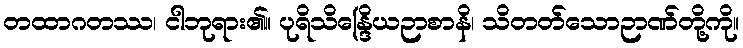
တထာဂတဿ၊ ငါဘုရား၏။ ပုရိသိန္ဒြေိယဉာစာနိ၊ သိတတ်သောဉာဏ်တို့ကို။